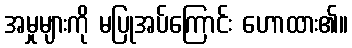
အမှုများကို မပြုအပ်ကြောင်း ဟောထား၏။